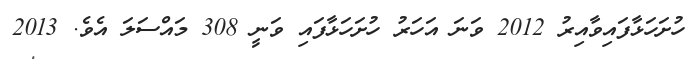
ހުށަހަޅާފައިވާއިރު 2012 ވަނަ އަހަރު ހުށަހަޅާފައި ވަނީ 308 މައްސަލަ އެވެ. 2013